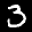
Label: 3